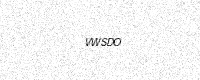
Text: VWSDO